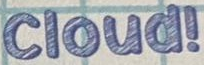
Cloud!